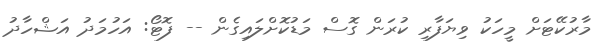
މާރުކޭޓަށް މީހަކު ވިޔަފާރި ކުރަން ގޮސް މަޑުކޮށްލައިގެން -- ފޮޓޯ: އަހުމަދު އަޝްހާދު